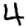
Digit: 4